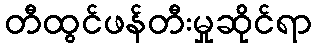
တီထွင်ဖန်တီးမှုဆိုင်ရာ